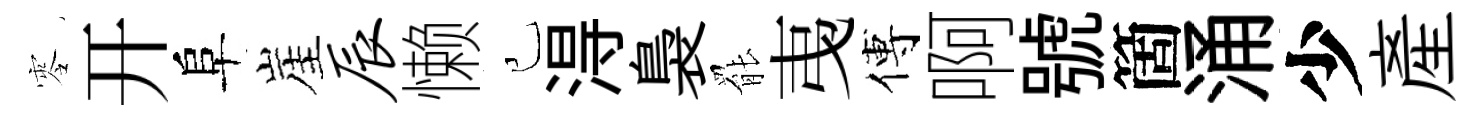
零开阜崖辰懒己淂裊罷𢎯傅啊號箇涌少産